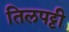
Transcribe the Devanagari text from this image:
तिलपट्टी